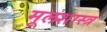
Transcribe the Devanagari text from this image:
मूलशास्त्र